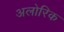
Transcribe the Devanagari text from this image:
अलोरिक